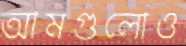
আমগুলোও